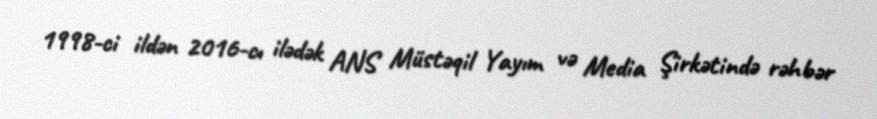
1998-ci ildən 2016-cı ilədək ANS Müstəqil Yayım və Media Şirkətində rəhbər